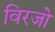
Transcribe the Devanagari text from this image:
विरजो